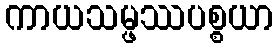
ကာယသမ္ဖဿပစ္စယာ